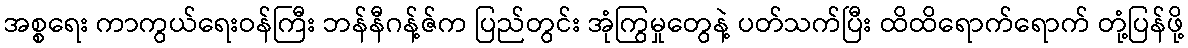
အစ္စရေး ကာကွယ်ရေးဝန်ကြီး ဘန်နီဂန့်ဇ်က ပြည်တွင်း အုံကြွမှုတွေနဲ့ ပတ်သက်ပြီး ထိထိရောက်ရောက် တုံ့ပြန်ဖို့